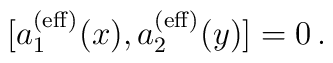
[a_1^{({\rm eff})}(x), a_2^{({\rm eff})}(y)]= 0\,.